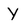
Character: Y